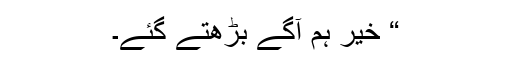
“ خیر ہم آگے بڑھتے گئے۔